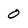
Character: 0